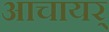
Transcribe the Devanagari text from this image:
आचायर्